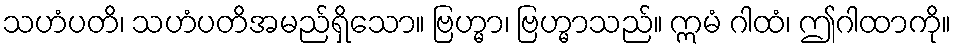
သဟံပတိ၊ သဟံပတိအမည်ရှိသော။ ဗြဟ္မာ၊ ဗြဟ္မာသည်။ ဣမံ ဂါထံ၊ ဤဂါထာကို။